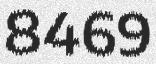
8469